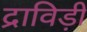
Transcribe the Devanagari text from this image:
द्राविड़ी